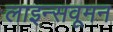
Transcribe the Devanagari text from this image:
लाइन्सवूमन